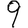
Digit: 9